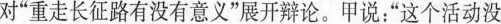
对”重走长征路有没有意义”展开辩论。甲说：”这个活动没